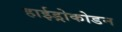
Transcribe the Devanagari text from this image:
हाईड्रोकोडन